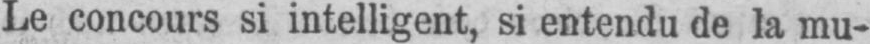
Le concours si intelligent, si entendu de la mu-